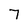
Character: 7